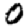
Digit: 0